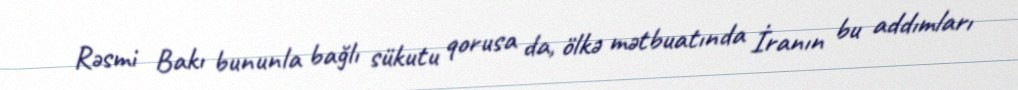
Rəsmi Bakı bununla bağlı sükutu qorusa da, ölkə mətbuatında İranın bu addımları